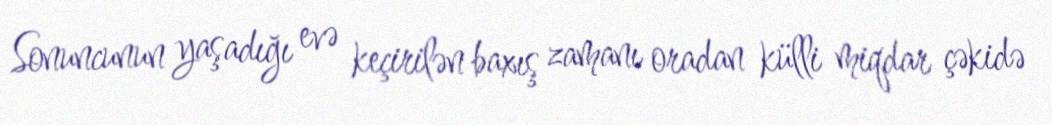
Sonuncunun yaşadığı evə keçirilən baxış zamanı oradan külli miqdar çəkidə